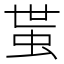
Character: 𧉺